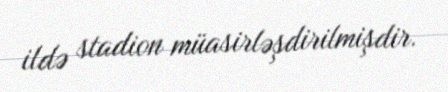
ildə stadion müasirləşdirilmişdir.